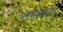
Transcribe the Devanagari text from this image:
परम्पराएॅ